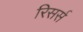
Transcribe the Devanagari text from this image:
रिसर्स